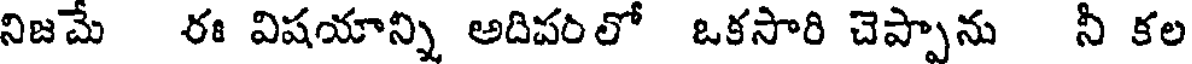
నిజమే ఈ విషయాన్ని అదిపంలో ఒకసారి చెప్పాను నీ కల